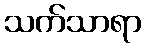
သက်သာရာ